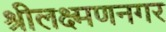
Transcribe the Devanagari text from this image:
श्रीलक्ष्मणनगर